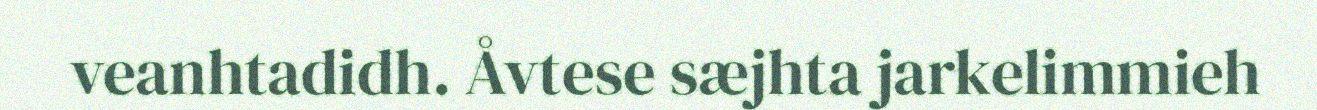
veanhtadidh. Åvtese sæjhta jarkelimmieh